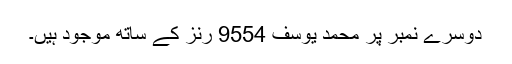
دوسرے نمبر پر محمد یوسف 9554 رنز کے ساتھ موجود ہیں۔